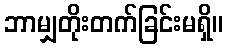
ဘာမျှတိုးတက်ခြင်းမရှိ။